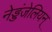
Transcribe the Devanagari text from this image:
नेड्डंजेलियन्